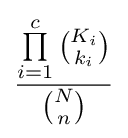
{\frac {\prod \limits _{i=1}^{c}{\binom {K_{i}}{k_{i}}}}{\binom {N}{n}}}